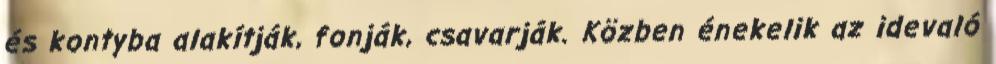
és kontyba alakítják, fonják, csavarják. Közben énekelik az idevaló